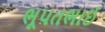
ભૂપતભાઈ